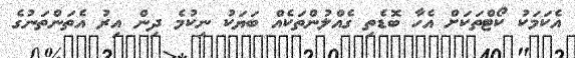
އެކަމަކު ކޯޓްތަކަށް އެހާ ބޮޑެތި ގެއްލުންތަކެއް ބަޔަކު ނިކުމެ ދިން އިރު އެތަންތަނުގެ